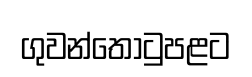
ගුවන්තොටුපළට